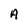
Character: A